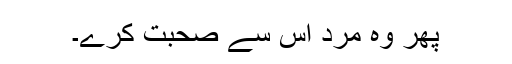
پھر وہ مرد اس سے صحبت کرے۔